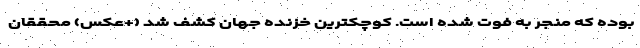
بوده که منجر به فوت شده است. کوچکترین خزنده جهان کشف شد (+عکس) محققان